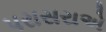
પરાસરાએ